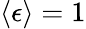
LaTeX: \langle\epsilon\rangle=1